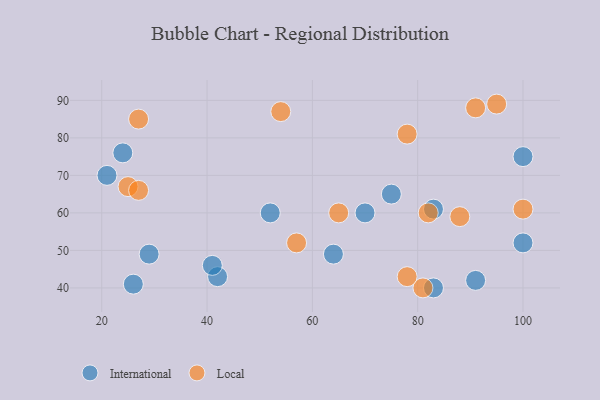
{"axis": {"x": "GDP", "y": "Life Expectancy"}, "legend": ["International", "Local"], "data": [{"x": "83", "y": 40, "type": "International"}, {"x": "42", "y": 43, "type": "International"}, {"x": "83", "y": 61, "type": "International"}, {"x": "70", "y": 60, "type": "International"}, {"x": "29", "y": 49, "type": "International"}, {"x": "64", "y": 49, "type": "International"}, {"x": "52", "y": 60, "type": "International"}, {"x": "91", "y": 42, "type": "International"}, {"x": "75", "y": 65, "type": "International"}, {"x": "100", "y": 52, "type": "International"}, {"x": "41", "y": 46, "type": "International"}, {"x": "24", "y": 76, "type": "International"}, {"x": "26", "y": 41, "type": "International"}, {"x": "21", "y": 70, "type": "International"}, {"x": "100", "y": 75, "type": "International"}, {"x": "54", "y": 87, "type": "Local"}, {"x": "81", "y": 40, "type": "Local"}, {"x": "57", "y": 52, "type": "Local"}, {"x": "91", "y": 88, "type": "Local"}, {"x": "65", "y": 60, "type": "Local"}, {"x": "25", "y": 67, "type": "Local"}, {"x": "27", "y": 66, "type": "Local"}, {"x": "88", "y": 59, "type": "Local"}, {"x": "78", "y": 81, "type": "Local"}, {"x": "100", "y": 61, "type": "Local"}, {"x": "95", "y": 89, "type": "Local"}, {"x": "27", "y": 85, "type": "Local"}, {"x": "78", "y": 43, "type": "Local"}, {"x": "82", "y": 60, "type": "Local"}]}